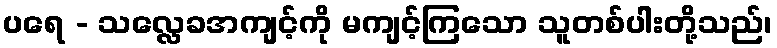
ပရေ - သလ္လေခအကျင့်ကို မကျင့်ကြသော သူတစ်ပါးတို့သည်၊